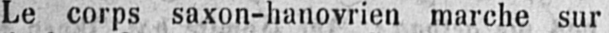
Le corps saxon-hanovrien marche sur